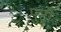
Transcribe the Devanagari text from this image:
पुर्टो